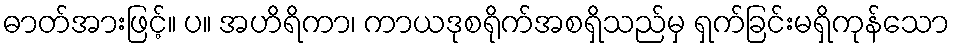
ဓာတ်အားဖြင့်။ ပ။ အဟိရိကာ၊ ကာယဒုစရိုက်အစရှိသည်မှ ရှက်ခြင်းမရှိကုန်သော